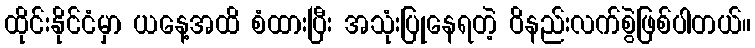
ထိုင်းနိုင်ငံမှာ ယနေ့အထိ စံထားပြီး အသုံးပြုနေရတဲ့ ဝိနည်းလက်စွဲဖြစ်ပါတယ်။